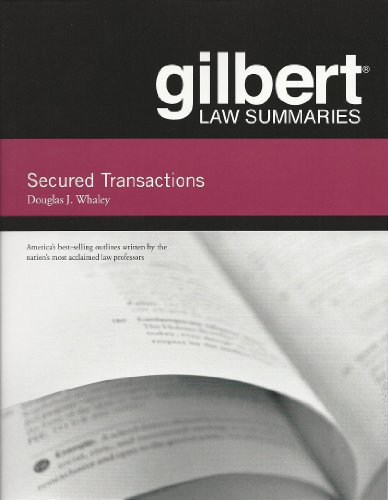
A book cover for Gilbert Law Summaries on Secured Transactions; Douglas Whaley; Law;